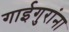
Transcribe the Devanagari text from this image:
गाईगुरांना